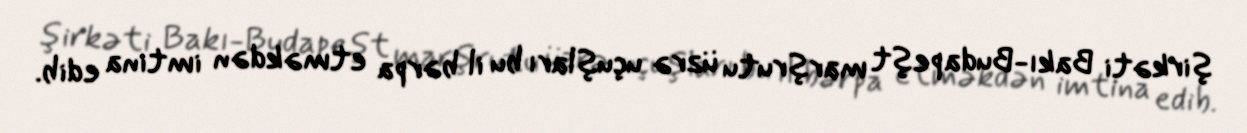
şirkəti Bakı-Budapeşt marşrutu üzrə uçuşları bu il bərpa etməkdən imtina edib.